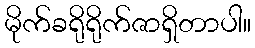
မိုက်ခရိုရိုက်ဇာရှိတာပါ။